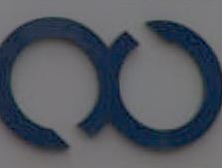
8